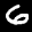
Label: 6